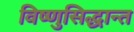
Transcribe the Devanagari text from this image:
विष्णुसिद्धान्त